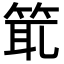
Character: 𥭙